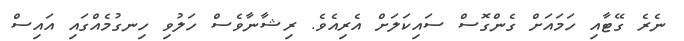
ނެރެ ގޭޓާއި ހަމައަށް ގެންގޮސް ސައިކަލަށް އެރިއެވެ. ރިޝާނާވެސް ހަލުވި ހިނގުމެއްގައި އައިސް